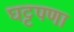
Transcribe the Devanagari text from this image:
घट्टपणा